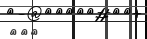
١١٢